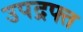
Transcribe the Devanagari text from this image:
उपद्रफ्त